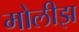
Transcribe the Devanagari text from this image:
मोलीझ